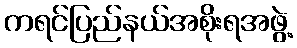
ကရင်ပြည်နယ်အစိုးရအဖွဲ့